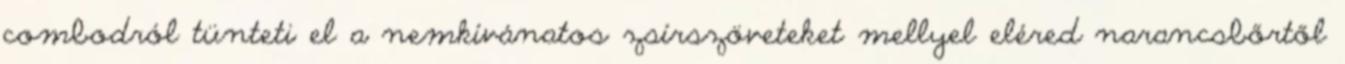
combodról tünteti el a nemkívánatos zsírszöveteket mellyel eléred narancsbőrtől